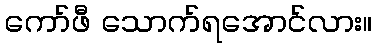
ကော်ဖီ သောက်ရအောင်လား။